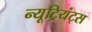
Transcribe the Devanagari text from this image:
न्यूट्रियंट्स